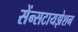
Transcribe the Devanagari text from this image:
सेंन्सटायझेशन